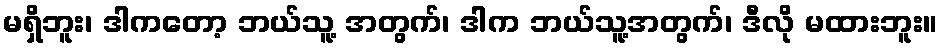
မရှိဘူး၊ ဒါကတော့ ဘယ်သူ့ အတွက်၊ ဒါက ဘယ်သူ့အတွက်၊ ဒီလို မထားဘူး။